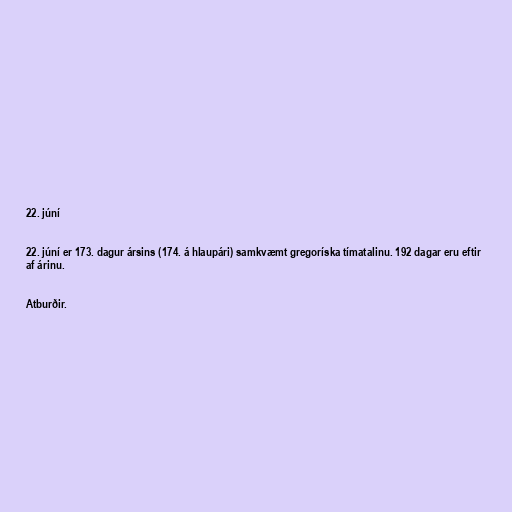
22. júní

22. júní er 173. dagur ársins (174. á hlaupári) samkvæmt gregoríska tímatalinu. 192 dagar eru eftir
af árinu.

Atburðir.